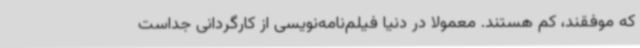
که موفقند، کم هستند. معمولا در دنیا فیلم‌نامه‌نویسی از کارگردانی جداست